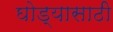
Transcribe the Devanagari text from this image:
घोड्यासाठी